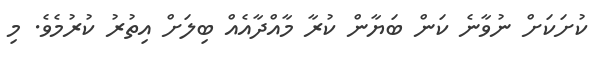
ކުށަކަށް ނުވާނެ ކަން ބަޔާން ކުރާ މާއްދާއެއް ބިލަށް އިތުރު ކުރުމެވެ. މި